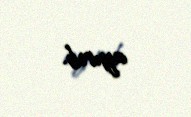
ayırıb.